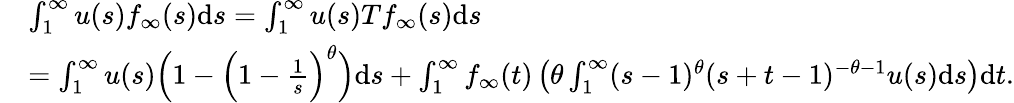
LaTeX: \begin{array}{rl}&{\int_{1}^{\infty}u(s)f_{\infty}(s)\mathrm{d}s=\int_{1}^{\infty}u(s)Tf_{\infty}(s)\mathrm{d}s}\\ &{=\int_{1}^{\infty}u(s)\Big(1-\Big(1-\frac 1{s}\Big)^{\theta}\Big)\mathrm{d}s+\int_{1}^{\infty}f_{\infty}(t)\left(\theta\int_{1}^{\infty}(s-1)^{\theta}(s+t-1)^{-\theta-1}u(s)\mathrm{d}s\right)\mathrm{d}t.}\end{array}